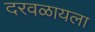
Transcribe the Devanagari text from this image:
दरवळायला